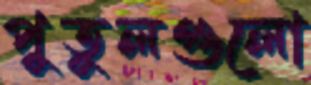
পুতুলগুলো